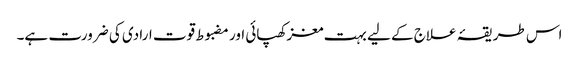
اس طریقۂ علاج کے لیے بہت مغز کھپائی اور مضبوط قوت ارادی کی ضرورت ہے۔